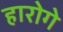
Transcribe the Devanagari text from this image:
हारोगे